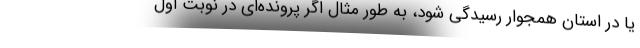
یا در استان همجوار رسیدگی شود، به طور مثال اگر پرونده‌ای در نوبت اول